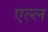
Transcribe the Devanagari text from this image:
एल्ल